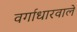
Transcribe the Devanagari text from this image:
वर्गाधारवाले